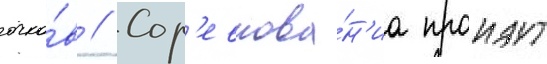
очко́в // Сор'евнова́н'иа проидут